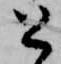
と